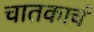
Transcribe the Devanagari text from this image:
चातकाचं